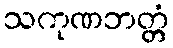
သကုဏဘတ္တံ